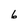
Character: 6